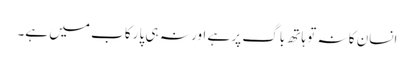
انسان کا نہ تو ہاتھ باگ پر ہے اور نہ ہی پا رکاب میں ہے۔